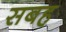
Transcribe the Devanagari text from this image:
सबह